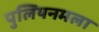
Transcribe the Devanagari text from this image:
पुलियनमला